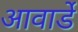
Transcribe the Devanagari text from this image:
आवार्डे